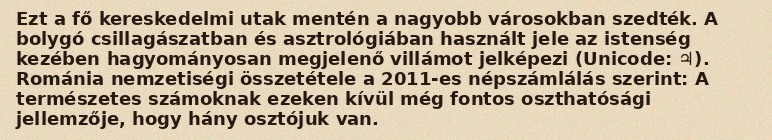
Ezt a fő kereskedelmi utak mentén a nagyobb városokban szedték. A bolygó csillagászatban és asztrológiában használt jele az istenség kezében hagyományosan megjelenő villámot jelképezi (Unicode: ♃). Románia nemzetiségi összetétele a 2011-es népszámlálás szerint: A természetes számoknak ezeken kívül még fontos oszthatósági jellemzője, hogy hány osztójuk van.